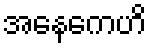
အနေကေဟိ